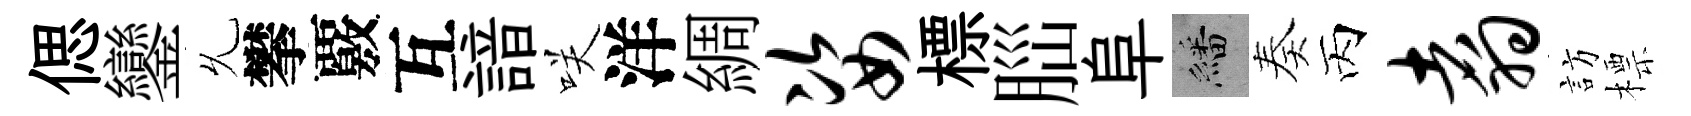
偲鑾𠃔攀覈互諳咲洋綢姿標𦛁阜繙奏丙翥訪標